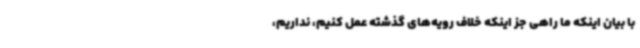
با بیان اینکه ما راهی جز اینکه خلاف رویه‌های گذشته عمل کنیم، نداریم،